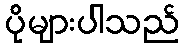
ပိုများပါသည်